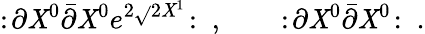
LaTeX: :\! \partial\mathit{X}^{0}\bar{{\partial}}\mathit{X}^{0}e^{2\sqrt{}{2}\mathit{X}^{1}}\! :\ ,\qquad:\! \partial\mathit{X}^{0}\bar{{\partial}}\mathit{X}^{0}\! :\ .